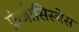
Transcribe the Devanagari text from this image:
फ्रंज़ोसिस्चेस